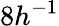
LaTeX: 8h^{-1}